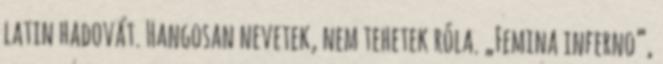
latin hadovát. Hangosan nevetek, nem tehetek róla. „Femina inferno”,